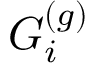
G _ { i } ^ { ( g ) }